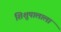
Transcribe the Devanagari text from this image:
शिशुपालाला